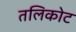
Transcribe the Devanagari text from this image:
तलिकोट